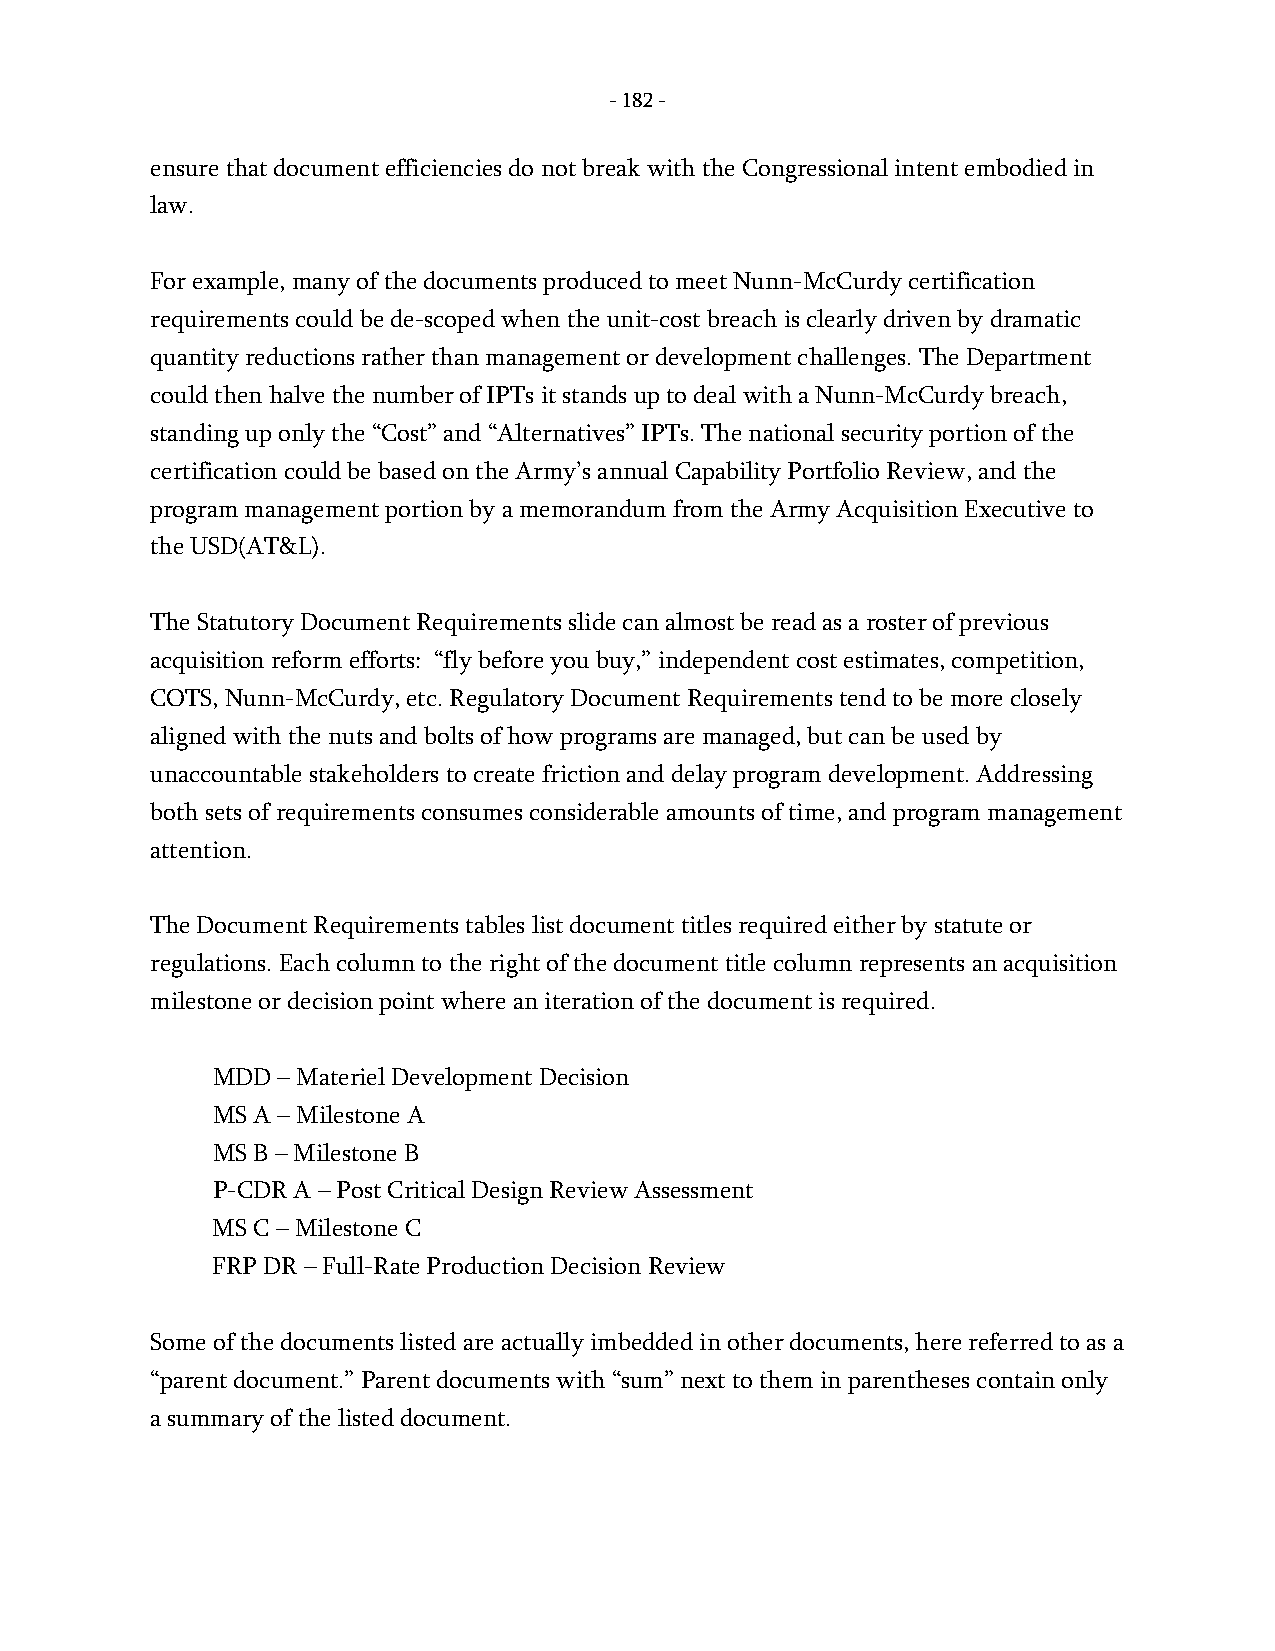
- 182 -
 ensure that document efficiencies do not break with the Congressional intent embodied in
 law.
 For example, many of the documents produced to meet Nunn-McCurdy certification
 requirements could be de-scoped when the unit-cost breach is clearly driven by dramatic
 quantity reductions rather than management or development challenges. The Department
 could then halve the number of IPTs it stands up to deal with a Nunn-McCurdy breach,
 standing up only the “Cost” and “Alternatives” IPTs. The national security portion of the
 certification could be based on the Army’s annual Capability Portfolio Review, and the
 program management portion by a memorandum from the Army Acquisition Executive to
 the USD(AT&L).
 The Statutory Document Requirements slide can almost be read as a roster of previous
 acquisition reform efforts: “fly before you buy,” independent cost estimates, competition,
 COTS, Nunn-McCurdy, etc. Regulatory Document Requirements tend to be more closely
 aligned with the nuts and bolts of how programs are managed, but can be used by
 unaccountable stakeholders to create friction and delay program development. Addressing
 both sets of requirements consumes considerable amounts of time, and program management
 attention.
 The Document Requirements tables list document titles required either by statute or
 regulations. Each column to the right of the document title column represents an acquisition
 milestone or decision point where an iteration of the document is required.
 MDD – Materiel Development Decision
 MS A – Milestone A
 MS B – Milestone B
 P-CDR A – Post Critical Design Review Assessment
 MS C – Milestone C
 FRP DR – Full-Rate Production Decision Review
 Some of the documents listed are actually imbedded in other documents, here referred to as a
 “parent document.” Parent documents with “sum” next to them in parentheses contain only
 a summary of the listed document.
 -
 182
 -